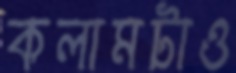
কলামটাও